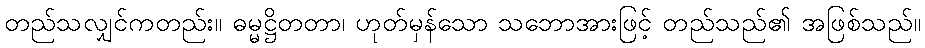
တည်သလျှင်ကတည်း။ ဓမ္မဋ္ဌိတတာ၊ ဟုတ်မှန်သော သဘောအားဖြင့် တည်သည်၏ အဖြစ်သည်။